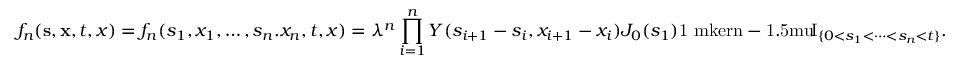
f _ { n } ( \mathbf { s } , \mathbf { x } , t , x ) = f _ { n } ( s _ { 1 } , x _ { 1 } , \dots , s _ { n } . x _ { n } , t , x ) = \lambda ^ { n } \prod _ { i = 1 } ^ { n } Y ( s _ { i + 1 } - s _ { i } , x _ { i + 1 } - x _ { i } ) J _ { 0 } ( s _ { 1 } ) { \mathrm { 1 \ m k e r n - 1 . 5 m u } \! \mathrm { I } } _ { \{ 0 < s _ { 1 } < \dots < s _ { n } < t \} } .